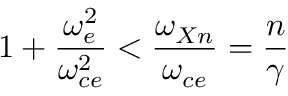
1 + \frac { \omega _ { e } ^ { 2 } } { \omega _ { c e } ^ { 2 } } < \frac { \omega _ { X n } } { \omega _ { c e } } = \frac { n } { \gamma }